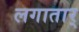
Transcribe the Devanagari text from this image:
लगातार्